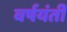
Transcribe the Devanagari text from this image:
वर्षयंती